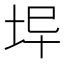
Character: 𡊈